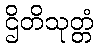
ဌိတိသုတ္တံ